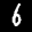
Label: 6